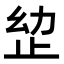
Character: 𭭠